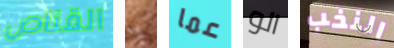
القناص يا عما الو النخب